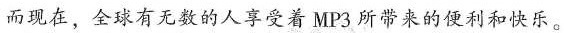
而现在，全球有无数的人享受着MP3所带来的便利和快乐。